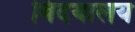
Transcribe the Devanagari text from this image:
बिदयालय